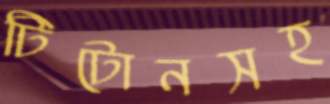
টিটোনসহ